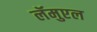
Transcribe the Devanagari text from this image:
लॅमुएल